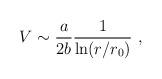
LaTeX: \begin{align*}V\sim {a\over 2b}{1\over{\rm ln}(r/r_0)}~,\end{align*}